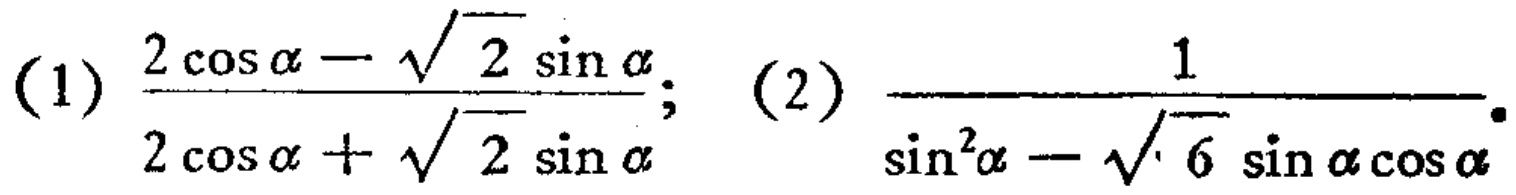
(1) \(\frac{2\cos\alpha - \sqrt{2}\sin\alpha}{2\cos\alpha + \sqrt{2}\sin\alpha}\); (2) \(\frac{1}{\sin^{2}\alpha - \sqrt{6}\sin\alpha\cos\alpha}\)